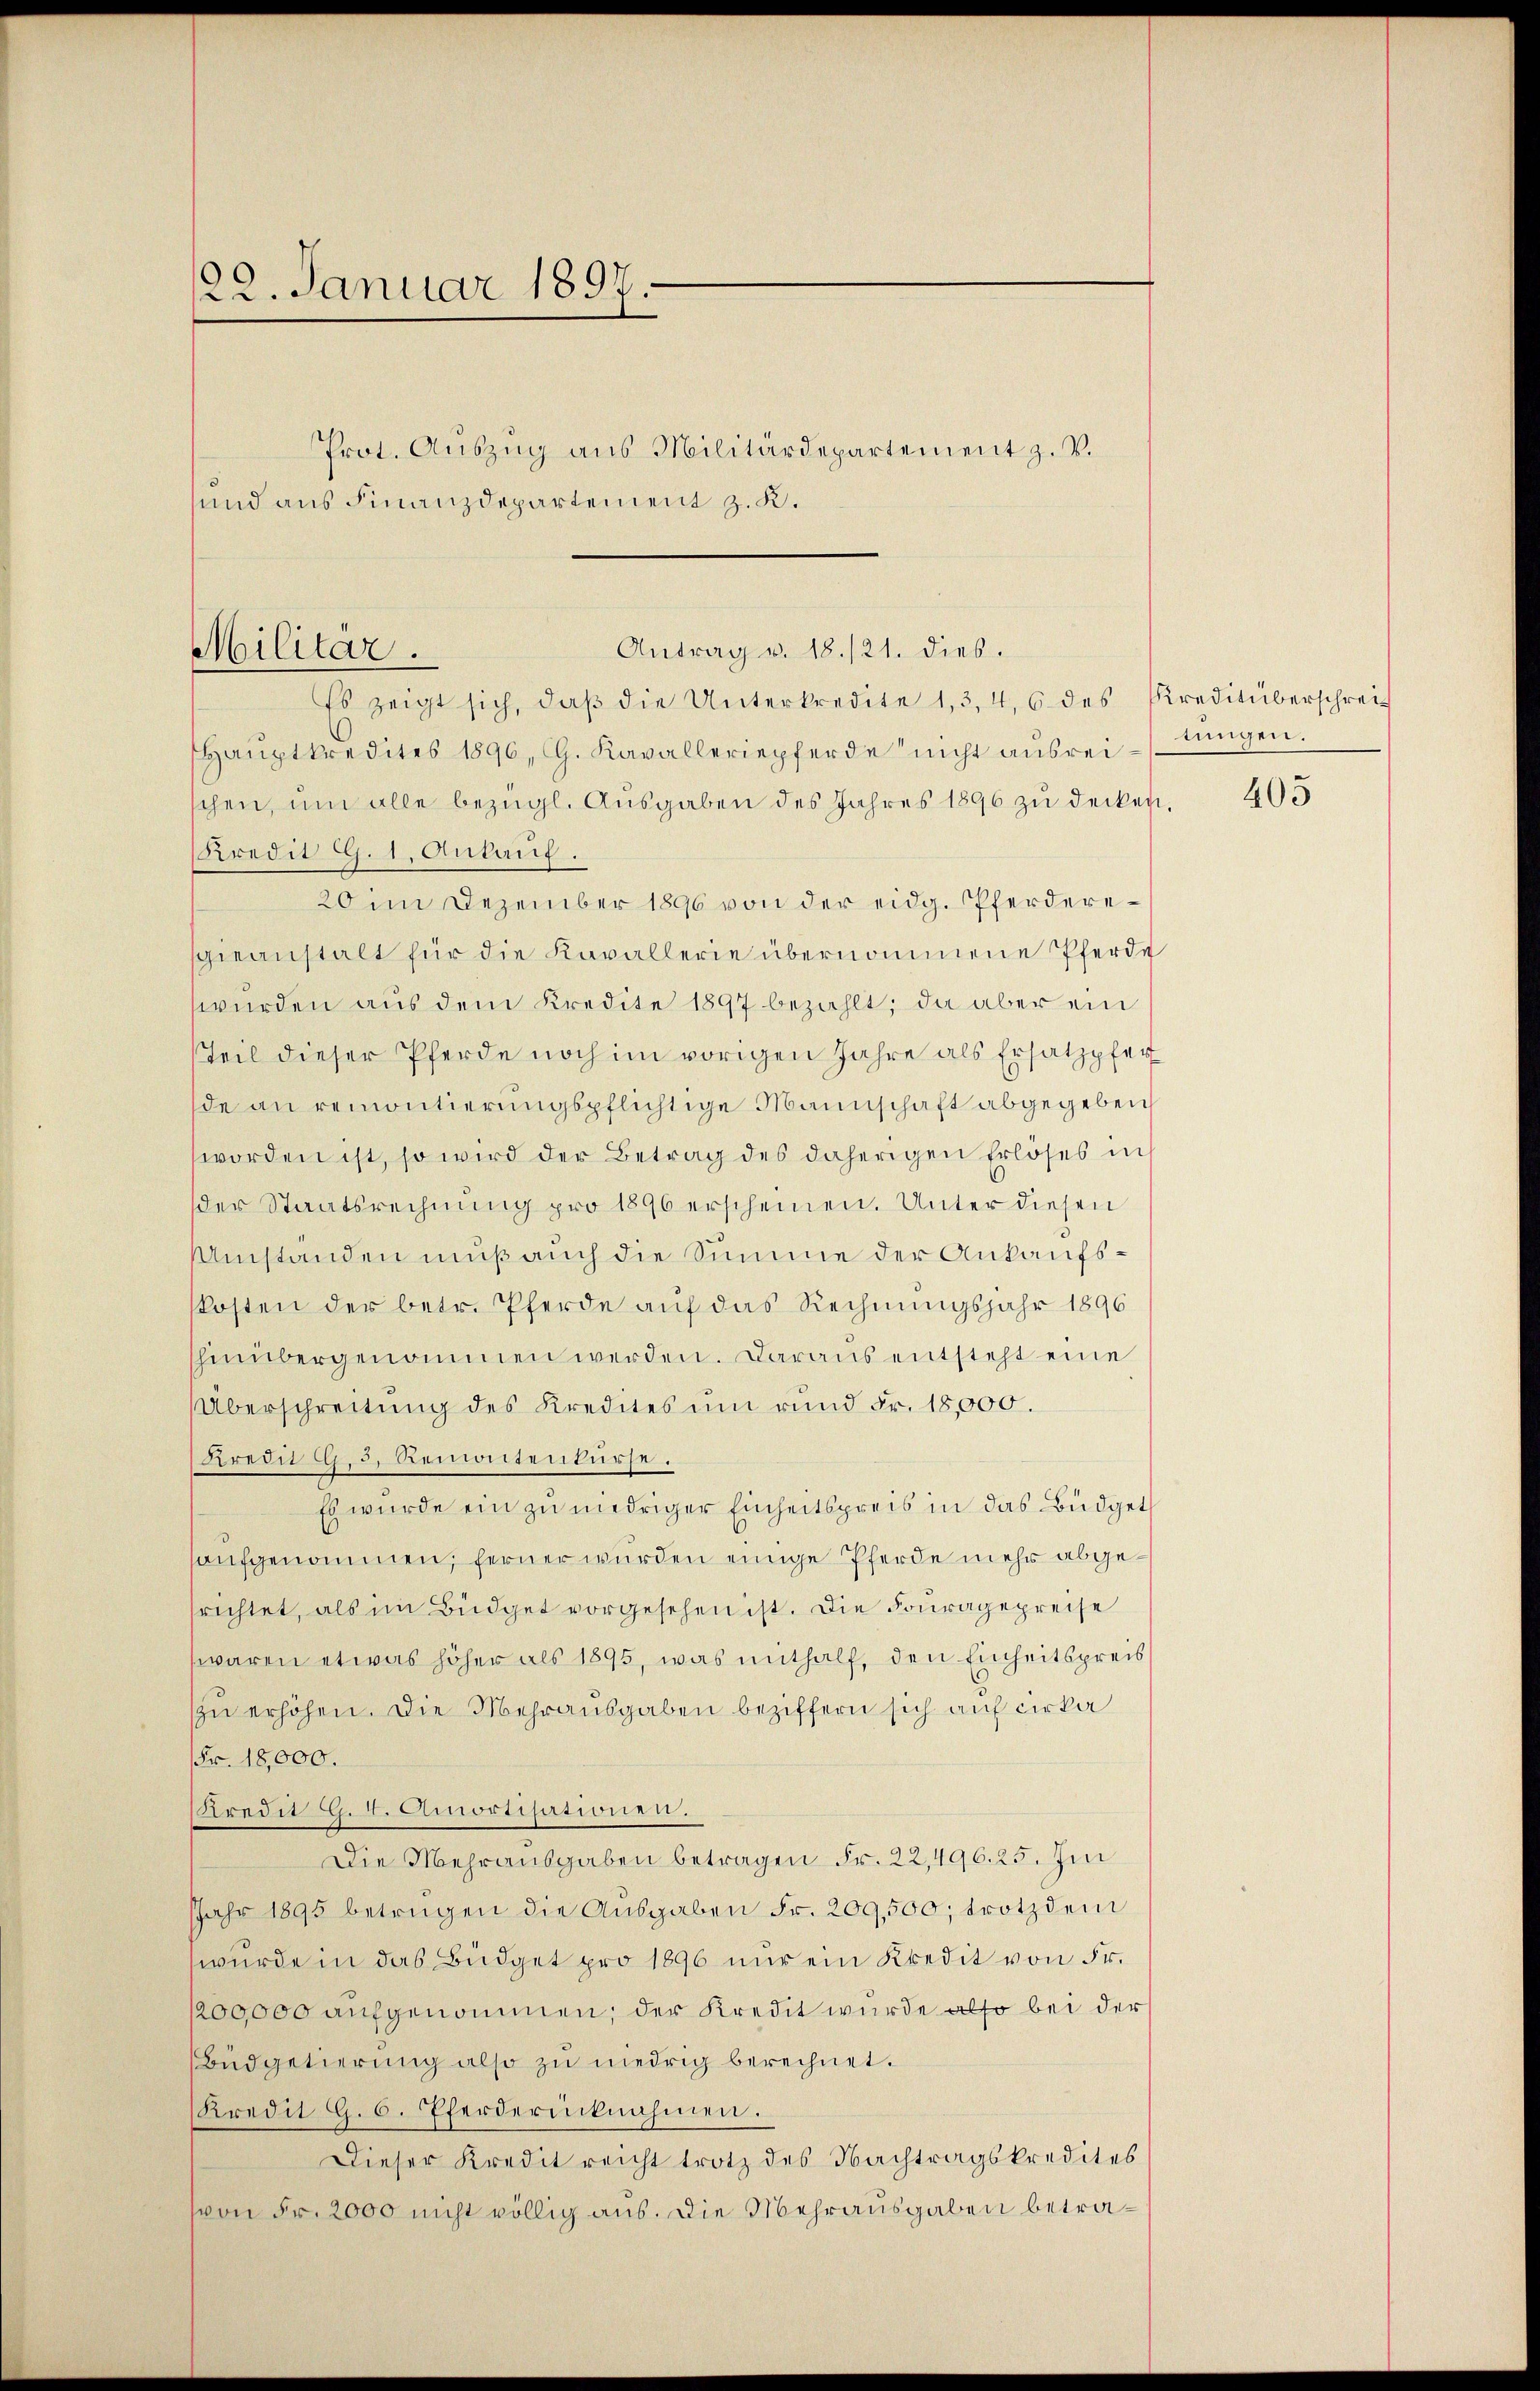
122. Januar 1897.

Prot. Aŭszŭg ans Militärdepartement z. v.
und aus Finanzdepartement z. K.

Militär.

Antrag v. 18./21. dies.

Es zeigt sich, daβ die Unterkredite 13, 4, 6 des Kreditüberschrei¬
Haŭptkredites 1896, CG. Kavalleriepferde nicht ausreitungen.
schen, ŭm alle bezügl. Ausgaben des Jahres 1896 zu decken,
Kredit G. 1. Ankauf.
20m Dezember 1896 von der eidg. Pferdereschieanstalt für die Kavallerie übernommene Pferde
würden aus dem Kredite 1897 bezahlt; da aber ein
Teil dieser Pferde noch im vorigen Jahre als Ersatzpfer
de an remontierungspflichtige Mannschaft abgegeben
worden ist, so wird der Betrag des daherigen Erlöses ins
der Staatsrechnung pro 1896 erscheinen. Unter diesen
Umstanden muß auch die Summe der Ankaufskosten der betr. Pferde auf das Rechnungsjahr 1896
hinübergenommen werden. Daraus entsteht eine
Überschreitung des Kredites um rund Fr. 18,000.
Kredit CG. 5. Remontenkurse.
Es wurde ein zu niedriger Einheitspreis in das Büdgetaufgenommen, ferner wurden einige Pferde mehr abgerichtet, als im Büdget vorgesehen ist. Die Fouragepreise
waren etwas höher als 1895, was mithalf, den Einheitspreis
zu erhöhen. Die Mehrausgaben beziffern sich auf cirka
Fr. 18,000.
Kredit . 4. Amortisationen.
Die Mehrausgaben betragen Fr. 22,496. 25. Im
JJahr 1895 betrügen die Ausgaben Fr. 209,500; trotzdem
wurde in das Büdget pro 1896 nur ein Kredit von § 4.
1200,000 aufgenommen; der Kredit wurde also bei der
Büdgetierung also zu niedrig berechnet.
Kredit G. 6. Pferderücknahmen.
Dieser Kredit reicht trotz des Nachtragskredites
von Fr. 2000 nicht völlig aus. Die Mehrausgaben betra¬

405